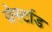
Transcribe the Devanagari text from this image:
जेर्स्टाड